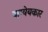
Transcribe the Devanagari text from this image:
वाग्येयकार